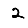
Digit: 2